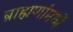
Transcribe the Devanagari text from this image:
ब्राह्मणांमध्यें